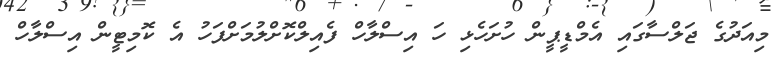
މިއަދުގެ ޖަލްސާގައި އެމްޑީޕީން ހުށަހެޅި ހަ އިސްލާހް ފެއިލްކޮށްލުމަށްފަހު އެ ކޮމިޓީން އިސްލާހް